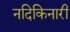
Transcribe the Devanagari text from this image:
नदिकिनारी